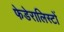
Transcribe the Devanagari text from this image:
फेडेरालिस्टों